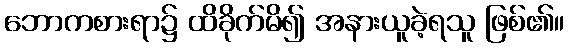
ဘောကစားရာ၌ ထိခိုက်မိ၍ အနားယူခဲ့ရသူ ဖြစ်၏။